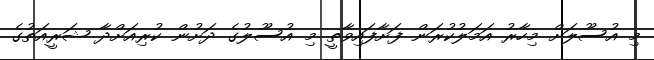
މި އުސޫލަށް މިހާރު އަމަލުކުރަން ފަށާފައިވާތީ މި އުސޫލުގެ ދަށުން ކުރިއަށްދާ ޝަރީއަތުގެ